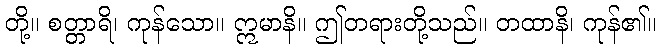
တို့။ စတ္တာရိ၊ ကုန်သော။ ဣမာနိ။ ဤတရားတို့သည်။ တထာနိ၊ ကုန်၏။